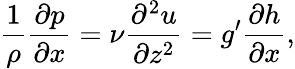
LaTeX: \frac{1}{\rho}\frac{\partial p}{\partial x}=\nu\frac{\partial^{2}u}{\partial z^{2}}=g^{\prime}\frac{\partial h}{\partial x},